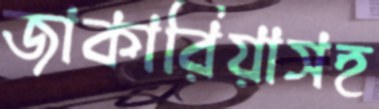
জাকারিয়াসহ